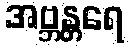
အဗ္ဘန္တရေ